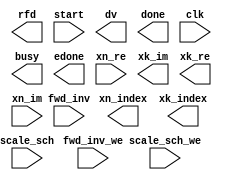
module xfft_v7_1 (
  rfd, start, fwd_inv, dv, done, clk, busy, scale_sch_we, fwd_inv_we, edone, xn_re, xk_im, xn_index, scale_sch, xk_re, xn_im, xk_index
)/* synthesis syn_black_box syn_noprune=1 */;
  output rfd;
  input start;
  input fwd_inv;
  output dv;
  output done;
  input clk;
  output busy;
  input scale_sch_we;
  input fwd_inv_we;
  output edone;
  input [15 : 0] xn_re;
  output [15 : 0] xk_im;
  output [11 : 0] xn_index;
  input [11 : 0] scale_sch;
  output [15 : 0] xk_re;
  input [15 : 0] xn_im;
  output [11 : 0] xk_index;
endmodule